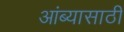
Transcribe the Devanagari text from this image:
आंब्यासाठी